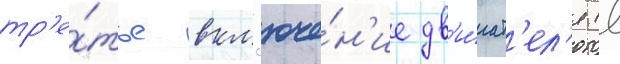
тр'е́тье вкл'юче́н'ие дв'и́гат'ел'я (в